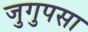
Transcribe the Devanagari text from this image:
जुगुपसा